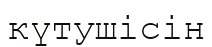
күтушісін